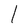
Character: 1